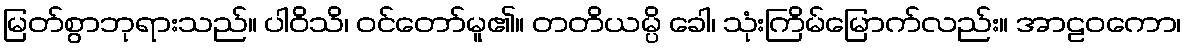
မြတ်စွာဘုရားသည်။ ပါဝိသိ၊ ဝင်တော်မူ၏။ တတိယမ္ပိ ခေါ၊ သုံးကြိမ်မြောက်လည်း။ အာဠဝကော၊